Indian journal of veterinary science and animal husbandry - Volume 6,
Year: 1936
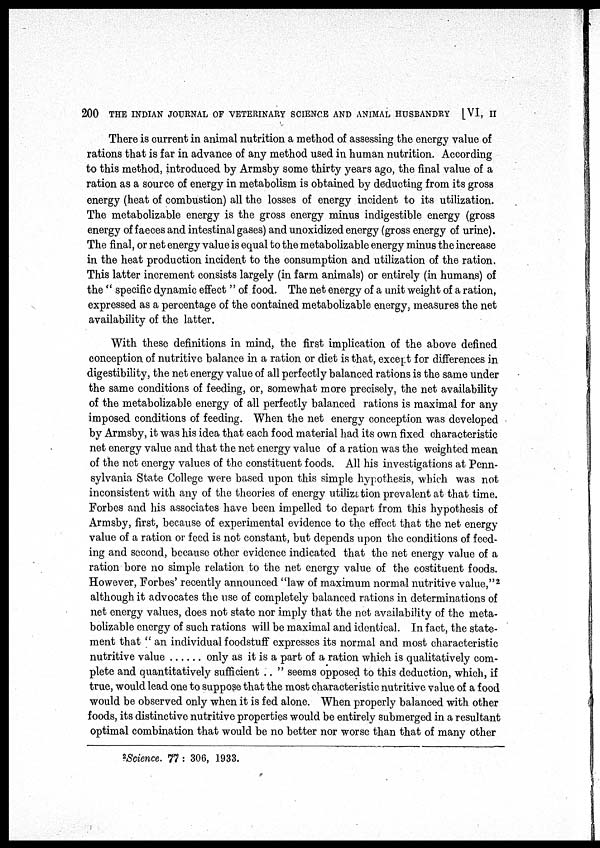
200 THE INDIAN JOURNAL OF VETERINARY SCIENCE AND ANIMAL HUSBANDRY [VI, II
There is current in animal nutrition a method of assessing the energy value of
rations that is far in advance of any method used in human nutrition. According
to this method, introduced by Armsby some thirty years ago, the final value of a
ration as a source of energy in metabolism is obtained by deducting from its gross
energy (heat of combustion) all the losses of energy incident to its utilization.
The metabolizable energy is the gross energy minus indigestible energy (gross
energy of faeces and intestinal gases) and unoxidized energy (gross energy of urine).
The final, or net energy value is equal to the metabolizable energy minus the increase
in the heat production incident to the consumption and utilization of the ration.
This latter increment consists largely (in farm animals) or entirely (in humans) of
the " specific dynamic effect " of food. The net energy of a unit weight of a ration,
expressed as a percentage of the contained metabolizable energy, measures the net
availability of the latter.
With these definitions in mind, the first implication of the above defined
conception of nutritive balance in a ration or diet is that, except for differences in
digestibility, the net energy value of all perfectly balanced rations is the same under
the same conditions of feeding, or, somewhat more precisely, the net availability
of the metabolizable energy of all perfectly balanced rations is maximal for any
imposed conditions of feeding. When the net energy conception was developed
by Armsby, it was his idea that each food material had its own fixed characteristic
net energy value and that the net energy value of a ration was the weighted mean
of the net energy values of the constituent foods. All his investigations at Penn-
sylvania State College were based upon this simple hypothesis, which was not
inconsistent with any of the theories of energy utilization prevalent at that time.
Forbes and his associates have been impelled to depart from this hypothesis of
Armsby, first, because of experimental evidence to the effect that the net energy
value of a ration or feed is not constant, but depends upon the conditions of feed-
ing and second, because other evidence indicated that the net energy value of a
ration bore no simple relation to the net energy value of the costituent foods.
However, Forbes' recently announced "law of maximum normal nutritive value," 2
although it advocates the use of completely balanced rations in determinations of
net energy values, does not state nor imply that the net availability of the meta-
bolizable energy of such rations will be maximal and identical. In fact, the state-
ment that " an individual foodstuff expresses its normal and most characteristic
nutritive value
only as it is a part of a ration which is qualitatively com-
plete and quantitatively sufficient .. " seems opposed to this deduction, which, if
true, would lead one to suppose that the most characteristic nutritive value of a food
would be observed only when it is fed alone. When properly balanced with other
foods, its distinctive nutritive properties would be entirely submerged in a resultant
optimal combination that would be no better nor worse than that of many other
2
Science. 77 : 306, 1933.